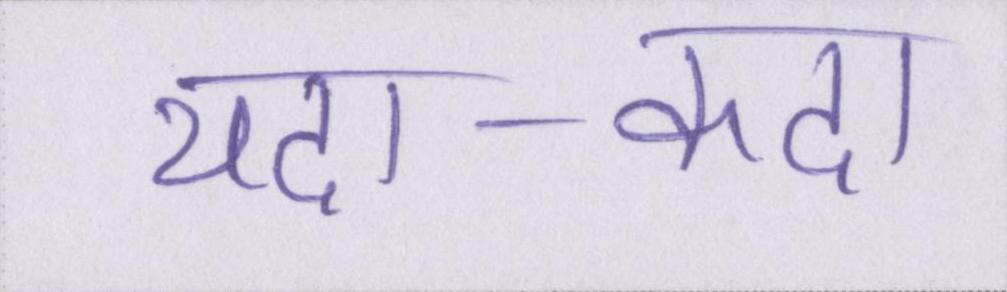
यदा-कदा